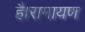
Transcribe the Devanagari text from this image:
है।रामायण